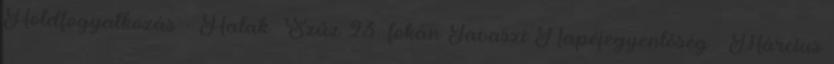
Holdfogyatkozás - Halak Szűz 23. fokán Tavaszi Napéjegyenlőség – Március